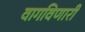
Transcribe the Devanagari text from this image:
वागविणारी